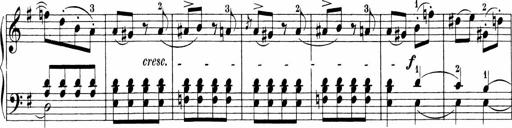
Title: 3 Sonatinas
Composer: Carl Reinecke